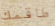
طاقمك